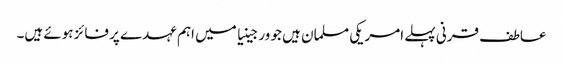
عاطف قرنی پہلے امریکی مسلمان ہیں جو ورجینیا میں اہم عہدے پر فائز ہوئے ہیں۔